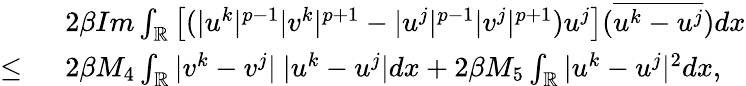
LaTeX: \begin{array}{rl}&{2\beta Im\int_{\mathbb{R}}\left[(|u^{k}|^{p-1}|v^{k}|^{p+1}-|u^{j}|^{p-1}|v^{j}|^{p+1})u^{j}\right](\overline{{u^{k}-u^{j}}})dx}\\ {\leq\ }&{2\beta M_{4}\int_{\mathbb{R}}|v^{k}-v^{j}|\ |u^{k}-u^{j}|dx+2\beta M_{5}\int_{\mathbb{R}}|u^{k}-u^{j}|^{2}dx,}\end{array}